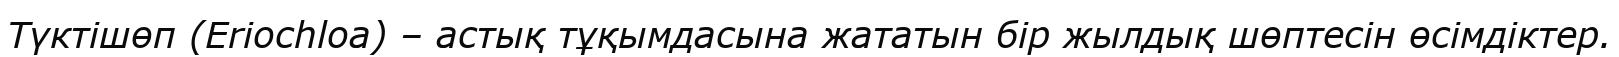
Түктішөп (Erіochloa) – астық тұқымдасына жататын бір жылдық шөптесін өсімдіктер.